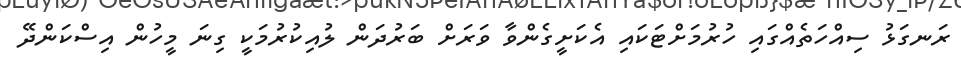
ރަނގަޅު ސިއްހަތެއްގައި ހުރުމަށްޓަކައި އެކަށީގެންވާ ވަރަށް ބަރުދަން ލުއިކުރުމަކީ ގިނަ މީހުން އިސްކަންދޭ